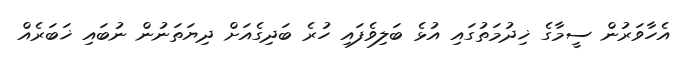
އެހާވަރުން ސީމާގެ ޚިދުމަތުގައި އުޅެ ބަލިވެފައި ހުރެ ބަދިގެއަށް ދިޔަތަނުން ނުބައި ޚަބަރެއް